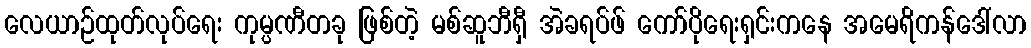
လေယာဉ်ထုတ်လုပ်ရေး ကုမ္ပဏီတခု ဖြစ်တဲ့ မစ်ဆူဘီရှီ အဲခရပ်ဖ် ကော်ပိုရေးရှင်းကနေ အမေရိကန်ဒေါ်လာ